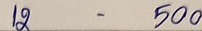
12 -  500